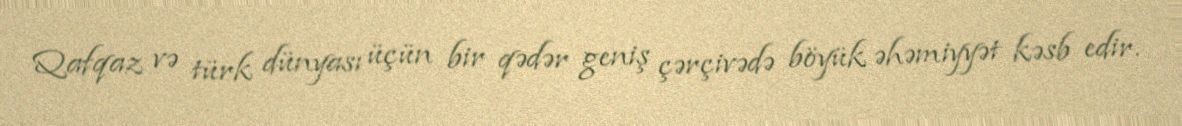
Qafqaz və türk dünyası üçün bir qədər geniş çərçivədə böyük əhəmiyyət kəsb edir.